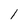
Character: l